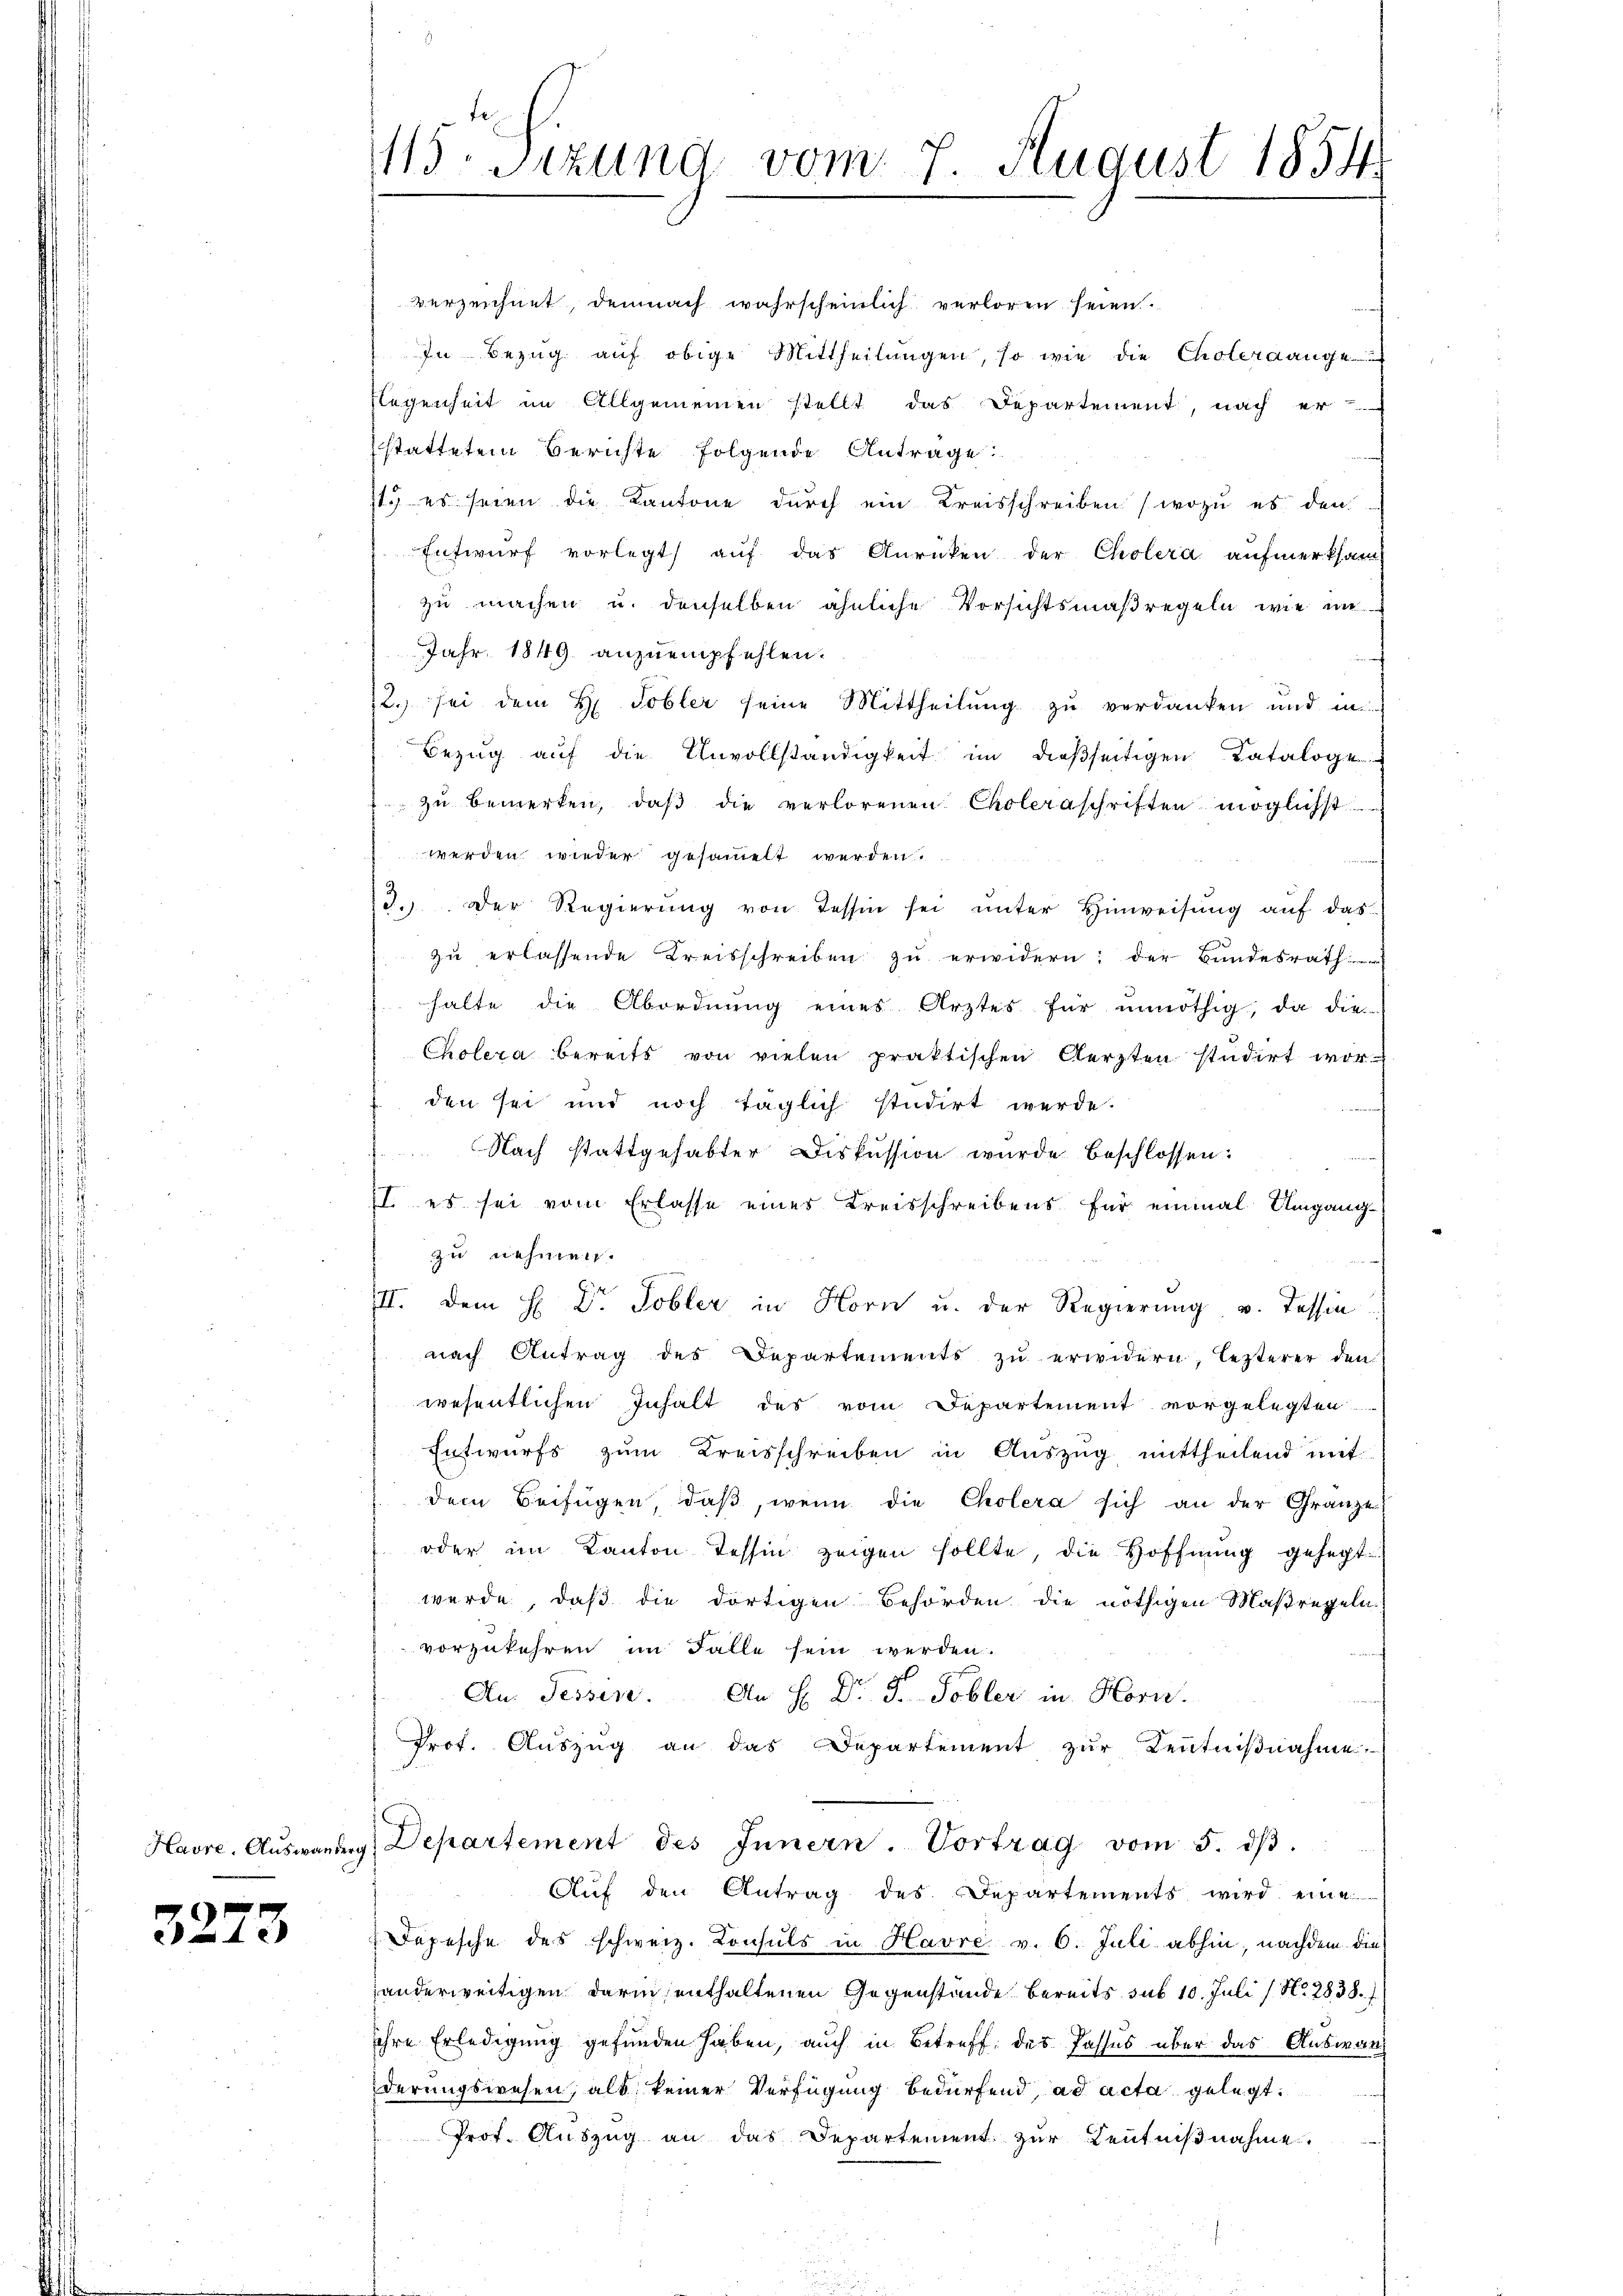
3273

115. Sizung vom 7. August 1854.

verzeichnet, demnach wahrscheinlich verloren seien.
In Bezŭg aŭf obige Mittheilŭngen, so wie die Choleraange
Regenheit im Allgemeinen stellt das Departement, nach er
stattetem Berichte folgende Antrage:
st es seien die Kantone durch ein Kreisschreiben (wozu es den
Entwurf vorlegt, auf das Anrücken der Cholera aufmerksam
zu machen u. denselben ähnliche Vorsichtsmaßregeln, wie in
Jahr 1849 anzuempfehlen.
2.) sei dem H. Tobler seine Mittheilung zu verdanken und in
Bezŭg aŭf die Unvollständigkeit in dießseitigen Cataloge
zŭ bemerken, daβ die verlorenen Choleraschriften möglichst
werden wieder gesammelt werden.
23. Der Regierŭng von Tessin sei ŭnter Hinweisŭng auf das
zŭ erlassende Kreisschreiben zu erwidern: der Bundesrath
halte die Abordnung eines Arztes für unnöthig, da die
Cholera bereits von vielen praktischen Aerzten studirt worden sei und noch täglich studirt werde.
Nach stattgehabter Diskussion wurde beschlossen:
II. es sei vom Erlasse eines Kreisschreibens für einmal Umgangzu nehmen.
III. Dem H: Dr. Tobler in Horn u. der Regierung v. Tessin
nach Antrag des Departements zu erwidern, lezterer den
wesentlichen Inhalt des vom Departement vorgelegten
Entwurfs zum Kreisschreiben in Auszug mittheilend mit
dem Beifügen, daß, wenn die Cholera sich an der Gränze
oder im Kanton Tessin zeigen sollte, die Hoffnung gesagt:
werde, daß die dortigen Behörden die nöthigen Maßregeln
vorzukehren im Falle sein werden.
An. Tessin. An H. Dr. T. Tobler in Horn.
Prot. Auszug an das Departement zur Kenntnißnahme.
Havre Aŭswanderg, Departement des Innern. Vortrag vom 5. dβ.
Aŭf den Antrag des Departements wird eine
Depesche des schweiz. Consuls in Havre v. 6. Juli abhin, nachdem die
anderweitigen darin enthaltenen Gegenstände bereits sub 10. Juli (N. 2838
ihre Erledigung gefunden haben, auch in Betreff des Passus über das Auswanderungswesen, als keiner Verfügung bedürfend, ad acta gelegt.
Prof. Aŭszŭg an das Departement zŭr Zentniβnahme.